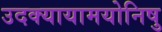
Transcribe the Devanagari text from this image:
उदक्यायामयोनिषु